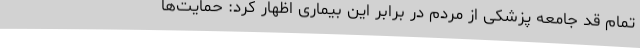
تمام قد جامعه پزشکی از مردم در برابر این بیماری اظهار کرد: حمایت‌ها